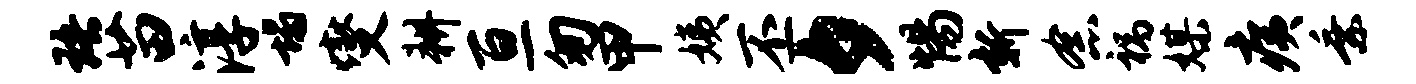
珞苗淳塌燮耕亘匆甲姨丕夕惕新念祸媒痍乘